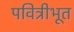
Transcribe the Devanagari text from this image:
पवित्रीभूत